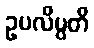
ဥပလိမ္ပတိ